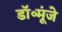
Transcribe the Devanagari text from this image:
डॉ॰मूंजे